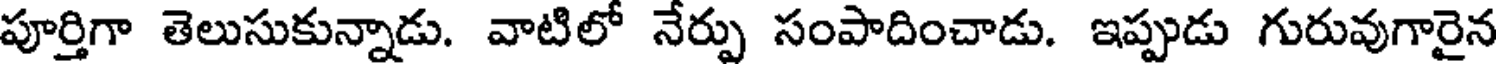
పూర్తిగా తెలుసుకున్నాడు. వాటిలో నేర్పు సంపాదించాడు. ఇప్పుడు గురువుగారైన